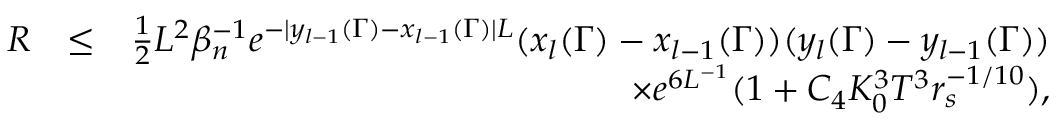
\begin{array} { r l r } { R } & { \leq } & { \frac { 1 } { 2 } L ^ { 2 } \beta _ { n } ^ { - 1 } e ^ { - | y _ { l - 1 } ( \Gamma ) - x _ { l - 1 } ( \Gamma ) | L } ( x _ { l } ( \Gamma ) - x _ { l - 1 } ( \Gamma ) ) ( y _ { l } ( \Gamma ) - y _ { l - 1 } ( \Gamma ) ) } \\ & { } & { \times e ^ { 6 L ^ { - 1 } } ( 1 + C _ { 4 } K _ { 0 } ^ { 3 } T ^ { 3 } r _ { s } ^ { - 1 \slash 1 0 } ) , } \end{array}